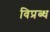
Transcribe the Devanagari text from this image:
विप्रब्ध